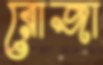
রোজা